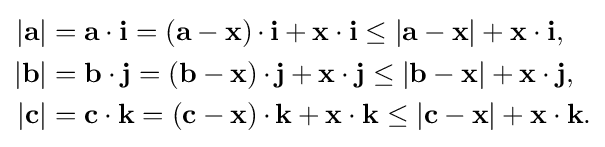
{\begin{aligned}|\mathbf {a} |&=\mathbf {a\cdot i} =(\mathbf {a} -\mathbf {x} )\mathbf {\,\cdot \,i} +\mathbf {x\cdot i} \leq |\mathbf {a} -\mathbf {x} |+\mathbf {x\cdot i} ,\\|\mathbf {b} |&=\mathbf {b\cdot j} =(\mathbf {b} -\mathbf {x} )\mathbf {\,\cdot \,j} +\mathbf {x\cdot j} \leq |\mathbf {b} -\mathbf {x} |+\mathbf {x\cdot j} ,\\|\mathbf {c} |&=\mathbf {c\cdot k} =(\mathbf {c} -\mathbf {x} )\mathbf {\,\cdot \,k} +\mathbf {x\cdot k} \leq |\mathbf {c} -\mathbf {x} |+\mathbf {x\cdot k} .\end{aligned}}